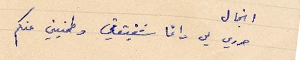
انجال حرري لي دائما شقيقتي وطمنيني عنكم